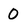
Character: 0